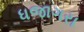
ધજાગરા